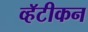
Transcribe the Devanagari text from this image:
व्हॅटीकन